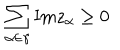
\sum _ { \alpha \in \gamma } \mathrm { I m } z _ { \alpha } \geq 0